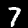
Digit: 7